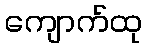
ကျောက်ထု